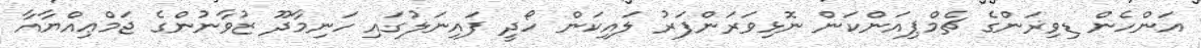
އަންހެން ޑިވިޜަންގެ ޗެމްޕިއަންކަން ނޮޅިވަރަންފަރު ލައިކަން ހޯދީ ފައިނަލުގައި ހަނިމާދޫ ޒުވާނުންގެ ޖަމްޢިއްޔާއާ